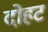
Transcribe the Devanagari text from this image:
दोहट